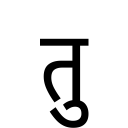
OCR:
तु